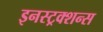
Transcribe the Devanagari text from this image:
इनस्ट्रक्शन्स